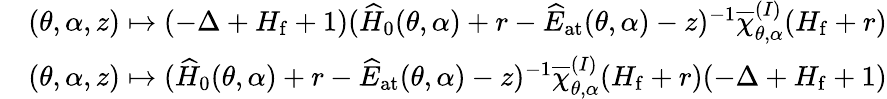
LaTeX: \begin{array}{rl}&{(\theta,\alpha,z)\mapsto(-\Delta+H_{\mathrm{f}}+1)(\widehat{H}_{0}(\theta,\alpha)+r-\widehat{E}_{\mathrm{at}}(\theta,\alpha)-z)^{-1}\overline{{\chi}}_{\theta,\alpha}^{(I)}(H_{\mathrm{f}}+r)}\\ &{(\theta,\alpha,z)\mapsto(\widehat{H}_{0}(\theta,\alpha)+r-\widehat{E}_{\mathrm{at}}(\theta,\alpha)-z)^{-1}\overline{{\chi}}_{\theta,\alpha}^{(I)}(H_{\mathrm{f}}+r)(-\Delta+H_{\mathrm{f}}+1)}\end{array}